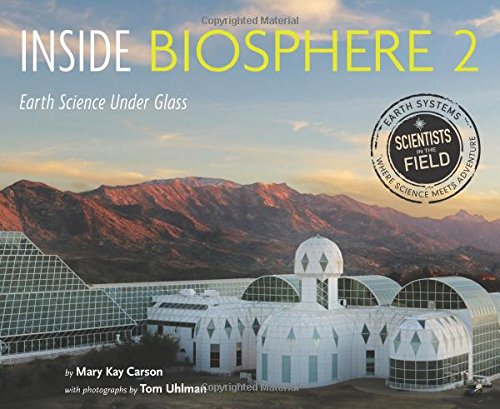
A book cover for Inside Biosphere 2: Earth Science Under Glass (Scientists in the Field Series); Mary Kay Carson; Children's Books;